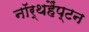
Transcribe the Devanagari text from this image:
नॉर्थहैंप्टन